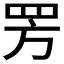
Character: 𬙙